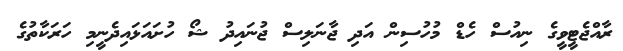
ރާއްޖެޓީވީގެ ނިއުސް ހެޑް މުހުސިން އަދި ޖާނަލިސް ޖުނައިދު ޝޯ ހުށައަޅައިދެނީމި ހަރަކާތުގެ